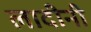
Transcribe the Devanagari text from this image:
लादीनी